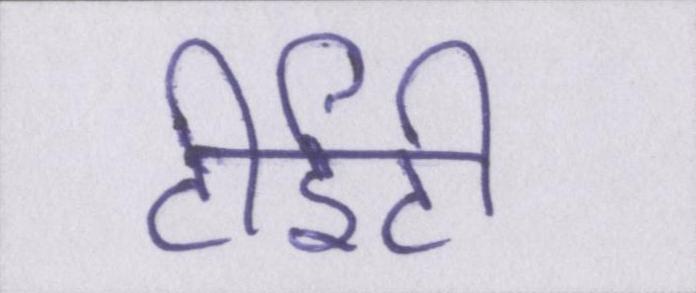
टीईटी